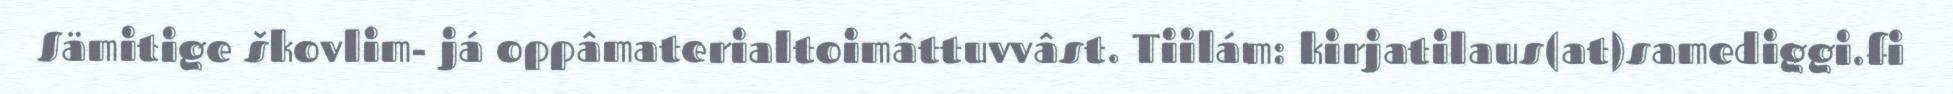
Sämitige škovlim- já oppâmaterialtoimâttuvvâst. Tiilám: kirjatilaus(at)samediggi.fi